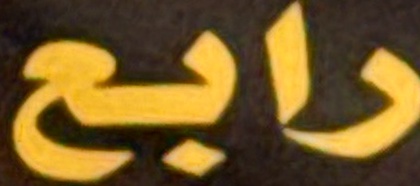
رابع